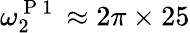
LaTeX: \omega_{2}^{\mathrm{~P~1~}}\approx 2\pi\times 25